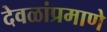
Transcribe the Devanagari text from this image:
देवळांप्रमाणे